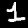
Label: 1